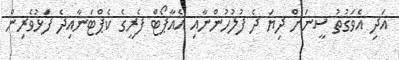
އަދި އެވަގުތު ސީނަށް ދިޔަ ދެ ފުލުހުންނާއި އެއާޕޯޓް ފެރީގެ ކެޕްޓަނާއިދެ ފަޅުވެރިން